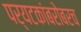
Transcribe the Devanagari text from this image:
पर्यटकांबरोबरच